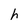
Character: h